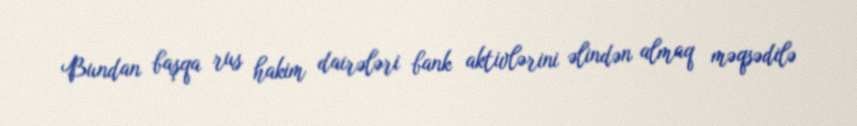
Bundan başqa rus hakim dairələri bank aktivlərini əlindən almaq məqsədilə